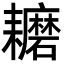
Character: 耱